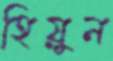
হিয়ুন